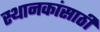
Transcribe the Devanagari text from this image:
स्थानकांसाठी